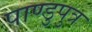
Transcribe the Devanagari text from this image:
पाण्डुपुत्र